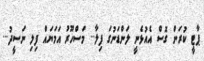
ޕާޓީ ކުރަން ގޮސް އެއުޅެނީ ލަންޑަނުގަ ފިލާ... މަސްހޫރު އަމަޔައް ފިލި ނަސީދު...